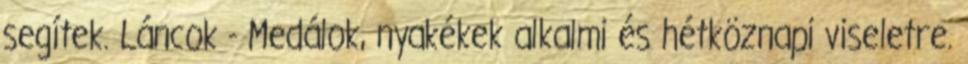
segítek. Láncok - Medálok, nyakékek alkalmi és hétköznapi viseletre.